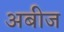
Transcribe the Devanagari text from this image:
अबीज